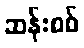
ဆန်းစစ်